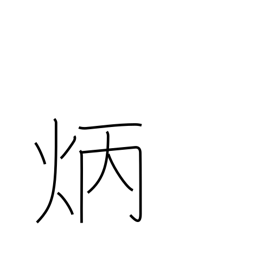
Meaning: clear & bright